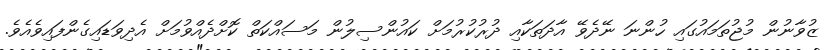
ޒުވާނުން މުޖުތަމައުގައި ހުންނަ ނޭދެވޭ އާދަތަކާއި ދުރުކުރުމަށް ކައުންސިލުން މަސައްކަތް ކޮށްދެއްވުމަށް އެދިވަޑައިގެންފައިވެއެވެ.